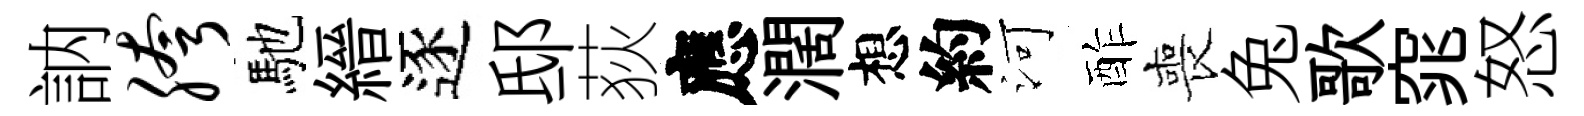
訥胯馳縉逐邸荻應濶想約河酢喪兔歌窕怒